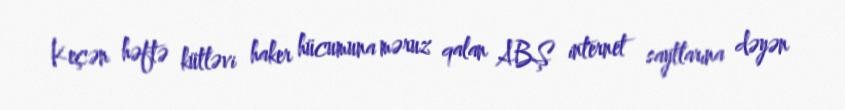
Keçən həftə kütləvi haker hücumuna məruz qalan ABŞ internet saytlarına dəyən